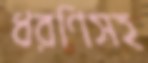
ধরণিসহ